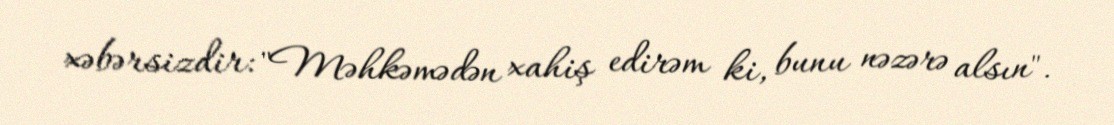
xəbərsizdir: "Məhkəmədən xahiş edirəm ki, bunu nəzərə alsın".